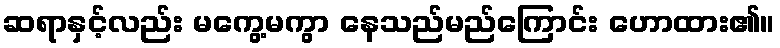
ဆရာနှင့်လည်း မကွေ့မကွာ နေသည်မည်ကြောင်း ဟောထား၏။